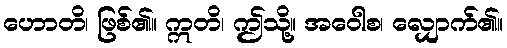
ဟောတိ၊ ဖြစ်၏။ ဣတိ၊ ဤသို့။ အဝေါစ၊ လျှောက်၏။